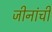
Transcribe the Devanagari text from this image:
जीनांची